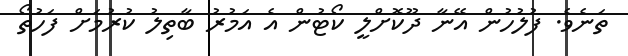
ތަނެވެ. ފުލުހުން އޭނާ ދޫކޮށްލީ ކޯޓުން އެ އަމުރު ބާތިލު ކުރުމަށް ފަހުތޯ